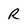
Character: R